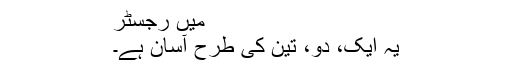
میں رجسٹر
یہ ایک، دو، تین کی طرح آسان ہے۔